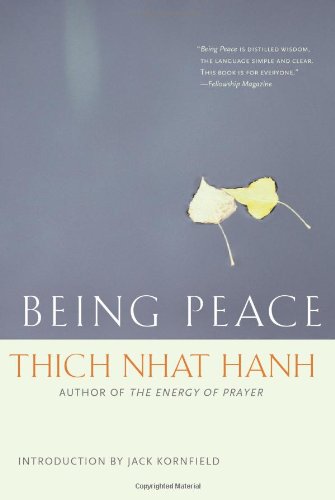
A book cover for Being Peace; Thich Nhat Hanh; Religion & Spirituality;